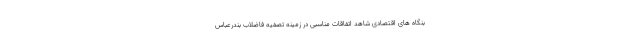
بنگاه های اقتصادی شاهد اتفاقات مناسبی در زمینه تصفیه فاضلاب بندرعباس